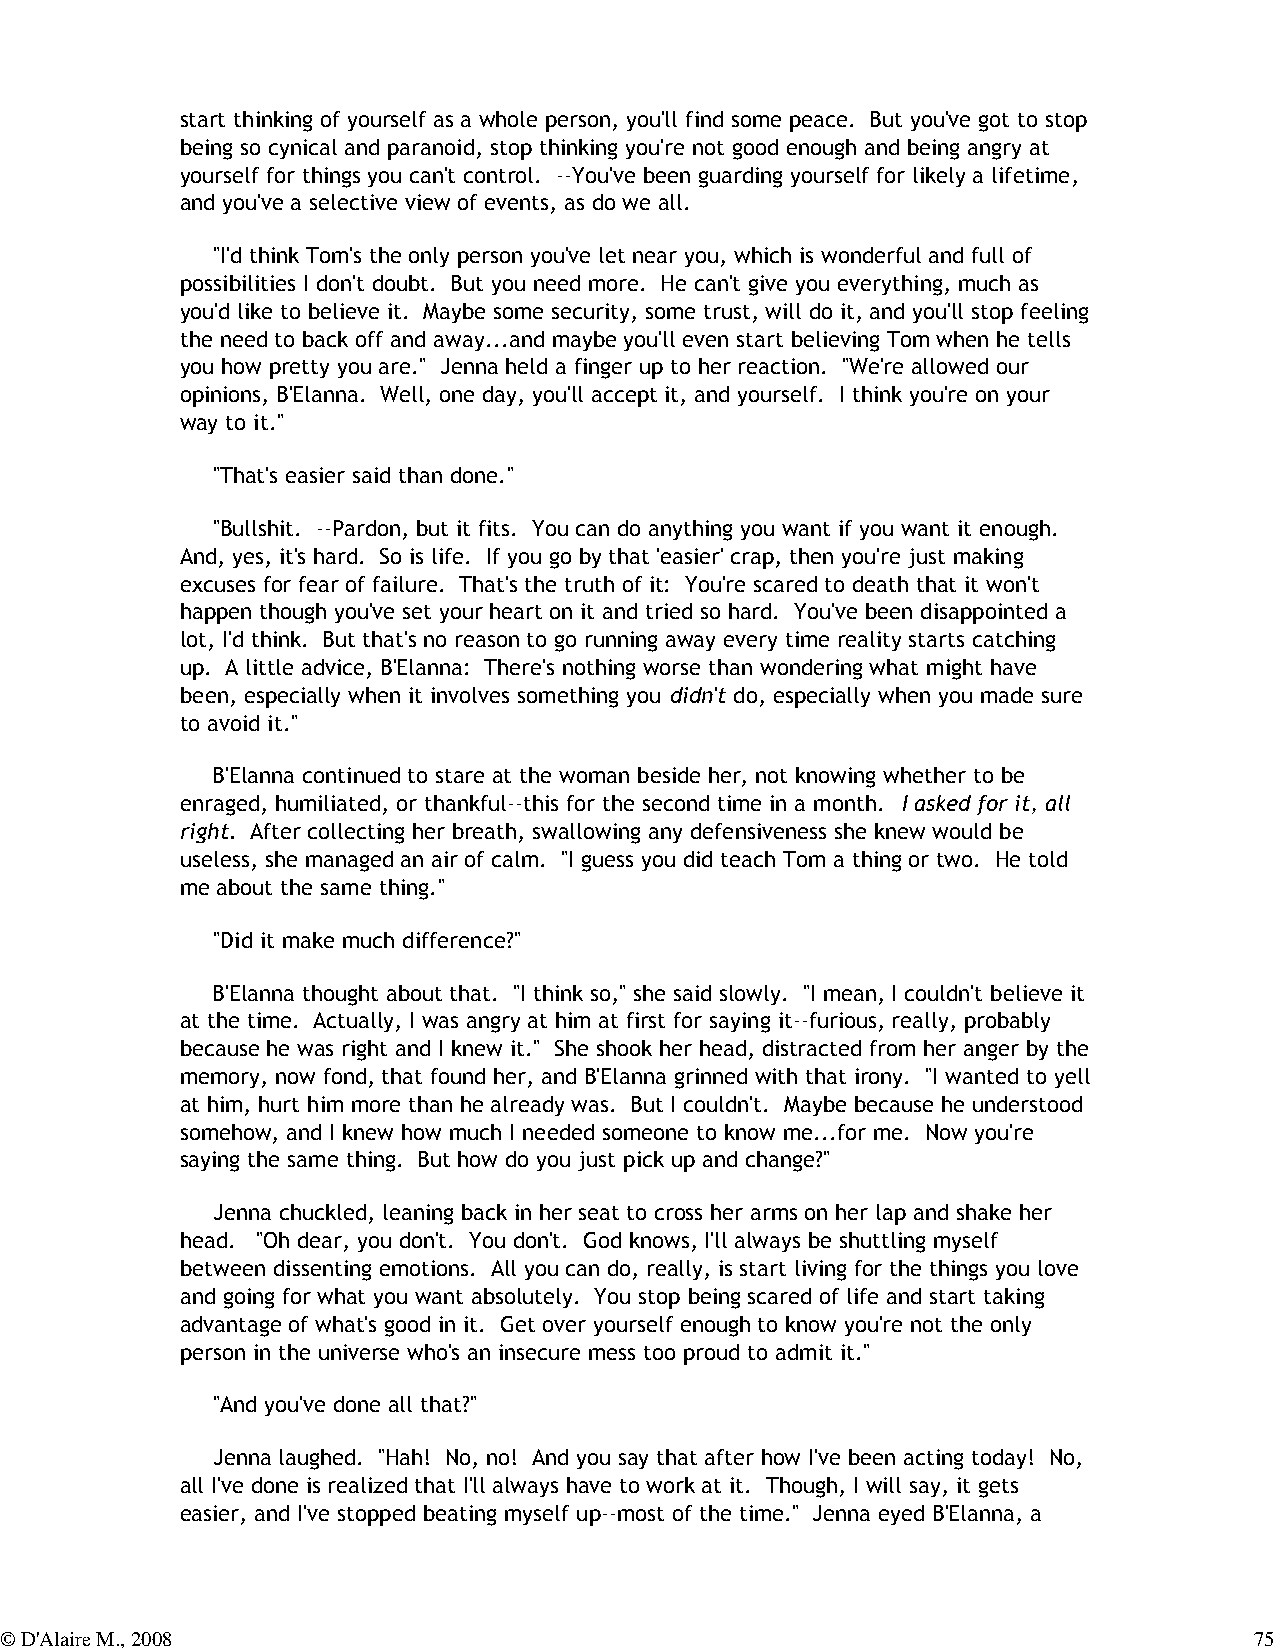
start thinking of yourself as a whole person, you'll find some peace. But you've got to stop
 being so cynical and paranoid, stop thinking you're not good enough and being angry at
 yourself for things you can't control. --You've been guarding yourself for likely a lifetime,
 and you've a selective view of events, as do we all.
 "I'd think Tom's the only person you've let near you, which is wonderful and full of
 possibilities I don't doubt. But you need more. He can't give you everything, much as
 you'd like to believe it. Maybe some security, some trust, will do it, and you'll stop feeling
 the need to back off and away...and maybe you'll even start believing Tom when he tells
 you how pretty you are." Jenna held a finger up to her reaction. "We're allowed our
 opinions, B'Elanna. Well, one day, you'll accept it, and yourself. I think you're on your
 way to it."
 "That's easier said than done."
 "Bullshit. --Pardon, but it fits. You can do anything you want if you want it enough.
 And, yes, it's hard. So is life. If you go by that 'easier' crap, then you're just making
 excuses for fear of failure. That's the truth of it: You're scared to death that it won't
 happen though you've set your heart on it and tried so hard. You've been disappointed a
 lot, I'd think. But that's no reason to go running away every time reality starts catching
 up. A little advice, B'Elanna: There's nothing worse than wondering what might have
 been, especially when it involves something you didn't do, especially when you made sure
 to avoid it."
 B'Elanna continued to stare at the woman beside her, not knowing whether to be
 enraged, humiliated, or thankful--this for the second time in a month. I asked for it, all
 right. After collecting her breath, swallowing any defensiveness she knew would be
 useless, she managed an air of calm. "I guess you did teach Tom a thing or two. He told
 me about the same thing."
 "Did it make much difference?"
 B'Elanna thought about that. "I think so," she said slowly. "I mean, I couldn't believe it
 at the time. Actually, I was angry at him at first for saying it--furious, really, probably
 because he was right and I knew it." She shook her head, distracted from her anger by the
 memory, now fond, that found her, and B'Elanna grinned with that irony. "I wanted to yell
 at him, hurt him more than he already was. But I couldn't. Maybe because he understood
 somehow, and I knew how much I needed someone to know me...for me. Now you're
 saying the same thing. But how do you just pick up and change?"
 Jenna chuckled, leaning back in her seat to cross her arms on her lap and shake her
 head. "Oh dear, you don't. You don't. God knows, I'll always be shuttling myself
 between dissenting emotions. All you can do, really, is start living for the things you love
 and going for what you want absolutely. You stop being scared of life and start taking
 advantage of what's good in it. Get over yourself enough to know you're not the only
 person in the universe who's an insecure mess too proud to admit it."
 "And you've done all that?"
 Jenna laughed. "Hah! No, no! And you say that after how I've been acting today! No,
 all I've done is realized that I'll always have to work at it. Though, I will say, it gets
 easier, and I've stopped beating myself up--most of the time." Jenna eyed B'Elanna, a
 © D'Alaire M., 2008                                                                75